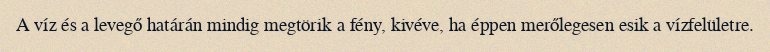
A víz és a levegő határán mindig megtörik a fény, kivéve, ha éppen merőlegesen esik a vízfelületre.